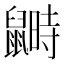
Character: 𪕵